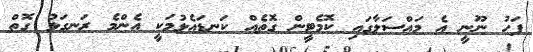
ފަހު ނޫނީ އެ މައްސަލާގައި ކޮމެޓީން ގޮތެއް ކަނޑައެޅުމަކީ އެންމެ ރަނގަޅު ގޮތް